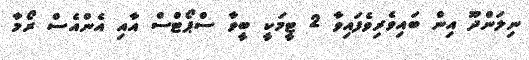
ނިލަންދޫ އިން ބައިވެރިވެފައިވާ 2 ޓީމަކީ ބީވާ ސްޕޯޓްސް އާއި އެންއެސް ރޯމާ